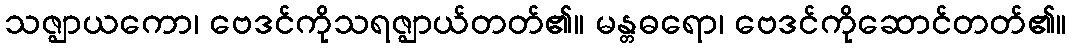
သဇ္ဈာယကော၊ ဗေဒင်ကိုသရဇ္ဈာယ်တတ်၏။ မန္တဓရော၊ ဗေဒင်ကိုဆောင်တတ်၏။